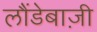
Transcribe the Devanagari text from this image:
लौंडेबाज़ी